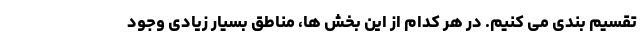
تقسیم بندی می کنیم. در هر کدام از این بخش ها، مناطق بسیار زیادی وجود